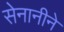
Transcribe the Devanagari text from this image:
सेनानीने